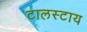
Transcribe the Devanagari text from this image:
टालस्‍टाय